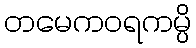
တမေကဝရကမ္ပိ